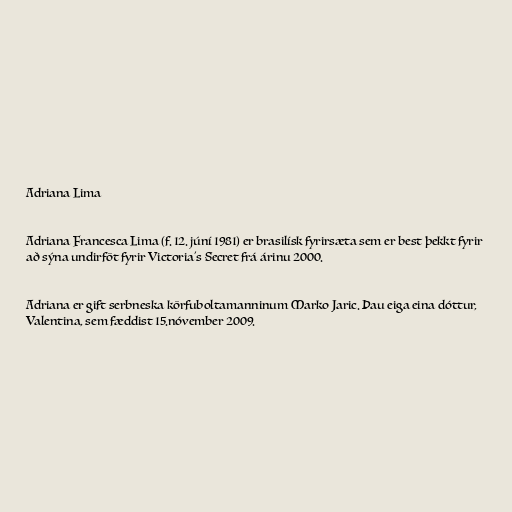
Adriana Lima

Adriana Francesca Lima (f. 12. júní 1981) er brasilísk fyrirsæta sem er best þekkt fyrir
að sýna undirföt fyrir Victoria's Secret frá árinu 2000.

Adriana er gift serbneska körfuboltamanninum Marko Jaric. Þau eiga eina dóttur,
Valentina, sem fæddist 15.nóvember 2009.